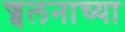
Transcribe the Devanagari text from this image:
ज्वलनाच्या